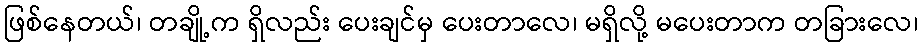
ဖြစ်နေတယ်၊ တချို့က ရှိလည်း ပေးချင်မှ ပေးတာလေ၊ မရှိလို့ မပေးတာက တခြားလေ၊